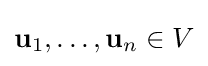
{\textstyle \mathbf {u} _{1},\ldots ,\mathbf {u} _{n}\in V}